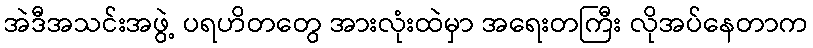
အဲဒီအသင်းအဖွဲ့ ပရဟိတတွေ အားလုံးထဲမှာ အရေးတကြီး လိုအပ်နေတာက